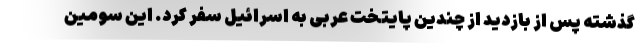
گذشته پس از بازدید از چندین پایتخت عربی به اسرائیل سفر کرد. این سومین